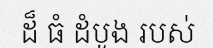
ដ៏ ធំ ដំបូង របស់